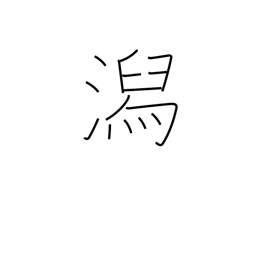
Meaning: lagoon